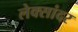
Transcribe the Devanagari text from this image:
लेक्सांदर